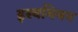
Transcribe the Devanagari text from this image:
इस्थमियन